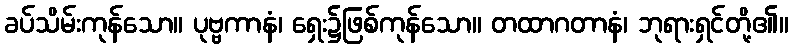
ခပ်သိမ်းကုန်သော။ ပုဗ္ဗကာနံ၊ ရှေး၌ဖြစ်ကုန်သော။ တထာဂတာနံ၊ ဘုရားရှင်တို့၏။